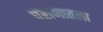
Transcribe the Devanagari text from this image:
पुराणातला